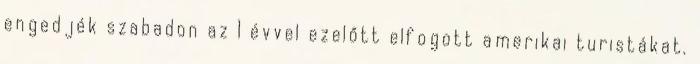
engedjék szabadon az 1 évvel ezelőtt elfogott amerikai turistákat.